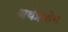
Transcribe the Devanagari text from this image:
अर्थप्रयोग